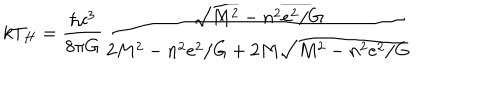
k T _ { H } = \frac { \hbar c ^ { 3 } } { 8 \pi G } \frac { \sqrt { M ^ { 2 } - n ^ { 2 } e ^ { 2 } / G } } { 2 M ^ { 2 } - n ^ { 2 } e ^ { 2 } / G + 2 M \sqrt { M ^ { 2 } - n ^ { 2 } e ^ { 2 } / G } }